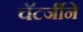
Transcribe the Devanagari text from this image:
चॅटर्जीने